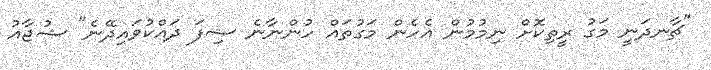
"ޗާނދަނީ މަގު ރީތިކޮށް ނިމުމުން އެހެން މަގުތައް ހުންނާނެ ސިފަ ދައްކުވައިދޭނެ" ޝުޖާއު